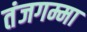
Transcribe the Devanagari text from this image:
तंजगम्मा